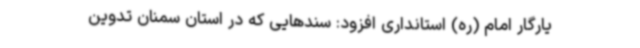
یارگار امام (ره) استانداری افزود: سندهایی که در استان سمنان تدوین